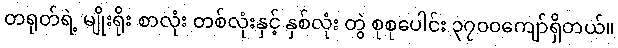
တရုတ်ရဲ့ မျိုးရိုး စာလုံး တစ်လုံးနှင့် နှစ်လုံး တွဲ စုစုပေါင်း ၃၇၀၀ကျော်ရှိတယ်။